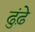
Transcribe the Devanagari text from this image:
ढुंढ़े